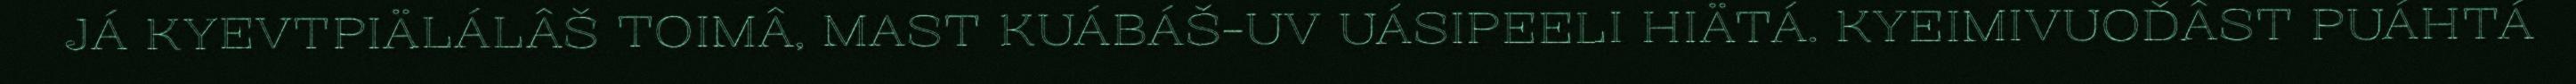
JÁ KYEVTPIÄLÁLÂŠ TOIMÂ, MAST KUÁBÁŠ-UV UÁSIPEELI HIÄTÁ. KYEIMIVUOĐÂST PUÁHTÁ